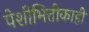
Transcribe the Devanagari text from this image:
पेशीभित्तीकाही